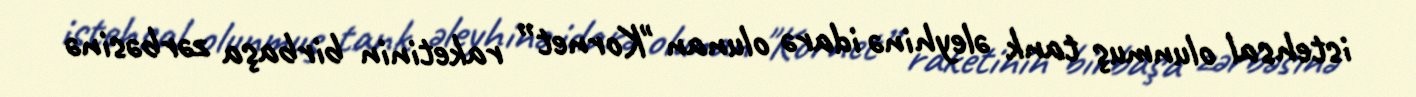
istehsal olunmuş tank əleyhinə idarə olunan "Kornet” raketinin birbaşa zərbəsinə